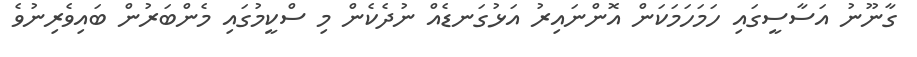
ގާނޫނު އަސާސީގައި ހަމަހަމަކަން އޮންނައިރު އަޅުގަނޑެއް ނުދެކެން މި ސްކީމުގައި މެންބަރުން ބައިވެރިނުވެ